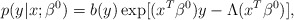
\begin{align*} p(y|x; \beta^0) = b(y) \exp[(x^{T} \beta^0) y - \Lambda(x^{T} \beta^0)],\end{align*}